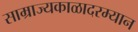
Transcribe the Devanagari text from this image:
साम्राज्यकाळादरम्यान